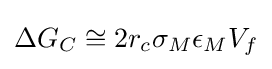
\Delta G_{C}\cong 2r_{c}\sigma _{M}\epsilon _{M}V_{f}